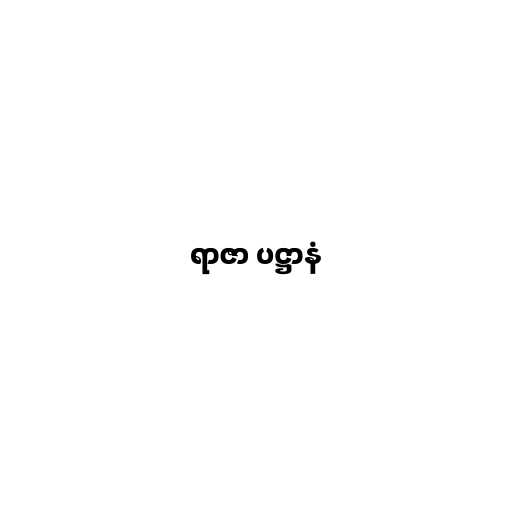
ရာဇာ ပဋ္ဌာနံ